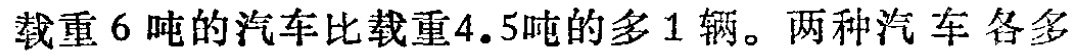
载重6吨的汽车比载重4.5吨的多1辆。两种汽车各多